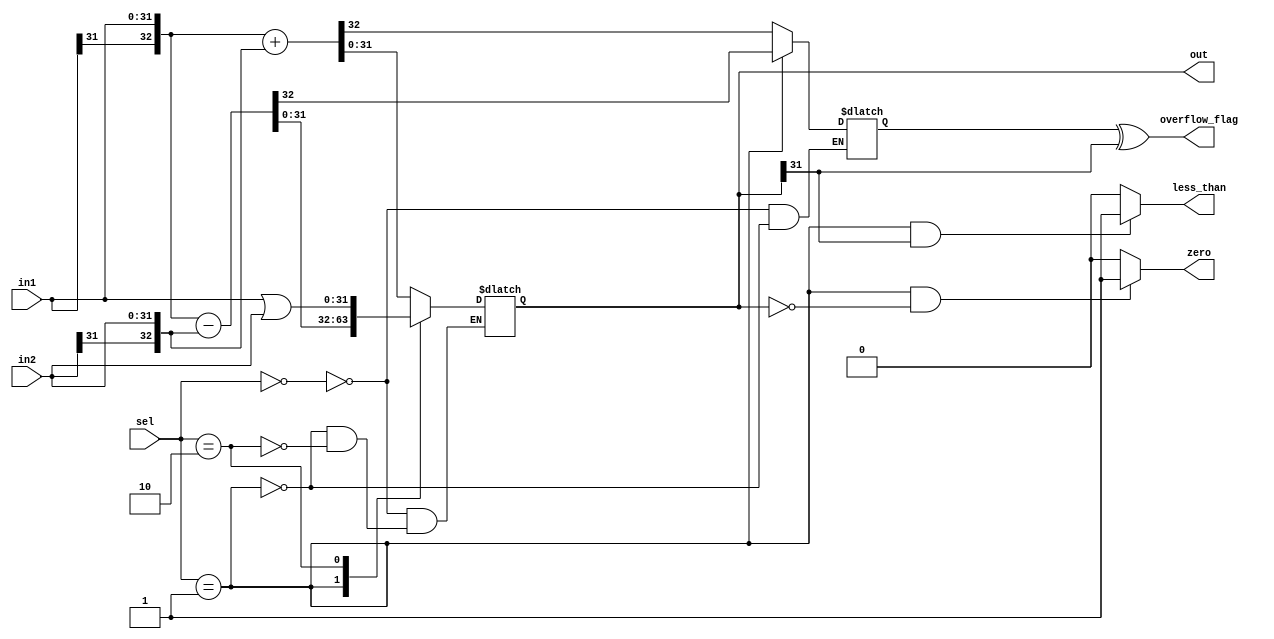
module alu(in1,in2,sel,out,zero,overflow_flag,less_than);
  input [31:0]in1,in2;
  input [1:0] sel;
  output [31:0]out;
  output overflow_flag;
  reg overflow;
  output zero;
  output less_than;
  reg [31:0] temp;
  always@(*)
  begin
    case(sel)
      3'b00:{overflow,temp}<={in1[31],in1}+{in2[31],in2};//+
      3'b01:{overflow,temp}<={in1[31],in1}-{in2[31],in2};//-
      3'b10:temp<=in1|in2;//or
    endcase
  end
  assign out=temp;
  assign zero=(sel==2'b01&&out==32'h00000000)?1:0;
  assign overflow_flag=overflow^temp[31];
  assign less_than=(sel==2'b01&&temp[31])?1:0;
endmodule